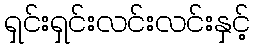
ရှင်းရှင်းလင်းလင်းနှင့်